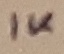
Text: 1K